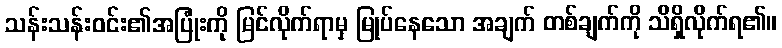
သန်းသန်းဝင်း၏အပြုံးကို မြင်လိုက်ရာမှ မြုပ်နေသော အချက် တစ်ချက်ကို သိရှိလိုက်ရ၏။